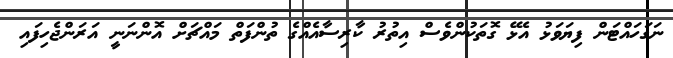
ނަގަހައްޓަން ފިޔަވަޅު އެޅޭ ގޮތަކުންވެސް އިތުރު ކާރިސާއެއްގެ ތުންފަތް މައްޗަށް އޮންނަނީ އަރަންޖެހިފައި